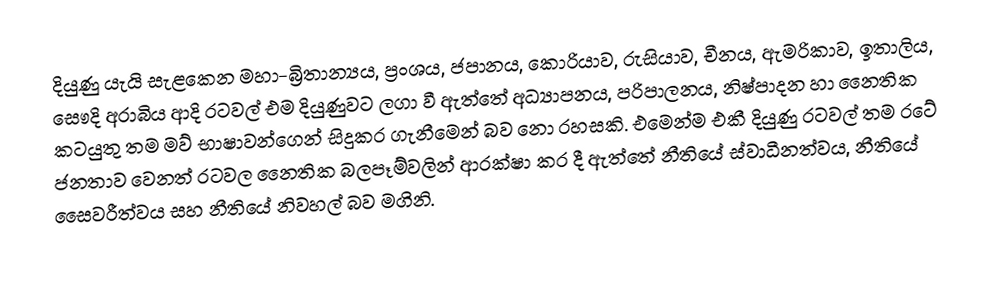
දියුණු යැයි සැළකෙන මහා-බ්‍රිතාන්‍යය, ප්‍රංශය,  ජපානය, කොරියාව, රුසියාව, චීනය, ඇමරිකාව, ඉතාලිය, සෞදි අරාබිය ආදි රටවල් එම දියුණුවට ලගා වී ඇත්තේ අධ්‍යාපනය, පරිපාලනය, නිෂ්පාදන හා නෛතික කටයුතු තම මව් භාෂාවන්ගෙන් සිදුකර ගැනීමෙන් බව නො රහසකි. එමෙන්ම එකී දියුණු රටවල් තම රටේ ජනතාව වෙනත් රටවල නෛතික බලපෑම්වලින් ආරක්ෂා කර දී ඇත්තේ නීතියේ ස්වාධීනත්වය, නීතියේ සෛවරීත්වය සහ නීතියේ නිවහල් බව මගිනි.